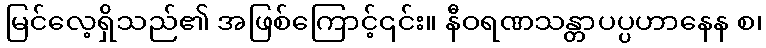
မြင်လေ့ရှိသည်၏ အဖြစ်ကြောင့်၎င်း။ နီဝရဏသန္တာပပ္ပဟာနေန စ၊